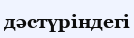
дәстүріндегі